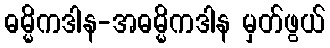
ဓမ္မိကဒါန-အဓမ္မိကဒါန မှတ်ဖွယ်